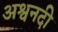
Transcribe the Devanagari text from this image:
अश्वनदी